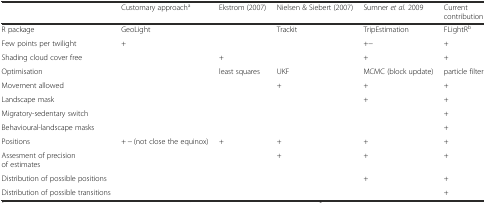
<table><thead><tr><td></td><td><b>Customary approach<sup>a</sup></b></td><td><b>Ekstrom (2007)</b></td><td><b>Nielsen &amp; Siebert (2007)</b></td><td><b>Sumner <i>et al.</i> 2009</b></td><td><b>Current contribution</b></td></tr></thead><tbody><tr><td>R package</td><td>GeoLight</td><td></td><td>Trackit</td><td>TripEstimation</td><td>FLightR<sup>b</sup></td></tr><tr><td>Few points per twilight</td><td>+</td><td></td><td></td><td>+−</td><td>+</td></tr><tr><td>Shading cloud cover free</td><td></td><td>+</td><td></td><td>+</td><td>+</td></tr><tr><td>Optimisation</td><td></td><td>least squares</td><td>UKF</td><td>MCMC (block update)</td><td>particle filter</td></tr><tr><td>Movement allowed</td><td></td><td></td><td>+</td><td>+</td><td>+</td></tr><tr><td>Landscape mask</td><td></td><td></td><td></td><td>+</td><td>+</td></tr><tr><td>Migratory-sedentary switch</td><td></td><td></td><td></td><td></td><td>+</td></tr><tr><td>Behavioural-landscape masks</td><td></td><td></td><td></td><td></td><td>+</td></tr><tr><td>Positions</td><td>+ − (not close the equinox)</td><td>+</td><td>+</td><td>+</td><td>+</td></tr><tr><td>Assesment of precision of estimates</td><td></td><td></td><td>+</td><td>+</td><td>+</td></tr><tr><td>Distribution of possible positions</td><td></td><td></td><td></td><td>+</td><td>+</td></tr><tr><td>Distribution of possible transitions</td><td></td><td></td><td></td><td></td><td>+</td></tr></tbody></table>